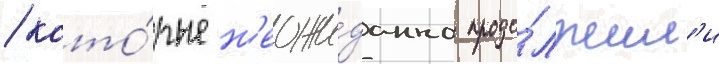
/ кото́рые н'еожи́данно продо́лжил'и